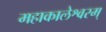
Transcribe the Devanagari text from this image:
महाकालेश्वरम्